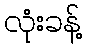
လုံးခန့်